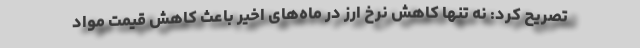
تصریح کرد: نه تنها کاهش نرخ ارز در ماه‌های اخیر باعث کاهش قیمت مواد